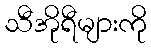
သီအိုရီများကို